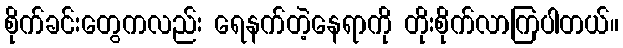
စိုက်ခင်းတွေကလည်း ရေနက်တဲ့နေရာကို တိုးစိုက်လာကြပါတယ်။